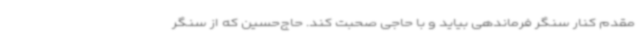
مقدم کنار سنگر فرماندهی بیاید و با حاجی صحبت کند. حاج‌حسین که از سنگر